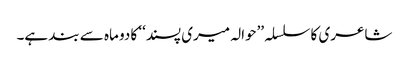
شاعری کا سلسلہ ’’حوالہ میری پسند‘‘ کا دو ماہ سے بند ہے۔